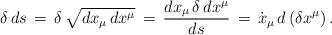
LaTeX: \begin{align*}\delta \,ds\,=\,\delta\,\sqrt{dx_\mu \,dx^\mu }\,=\,\frac{dx_\mu \,\delta\,d x^\mu}{ds}\,=\,\dot x_\mu\,d\,(\delta x^\mu )\,{.}\end{align*}